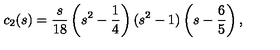
c _ { 2 } ( s ) = \frac { s } { 1 8 } \left( s ^ { 2 } - \frac { 1 } { 4 } \right) ( s ^ { 2 } - 1 ) \left( s - \frac { 6 } { 5 } \right) { , }